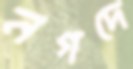
নগদে